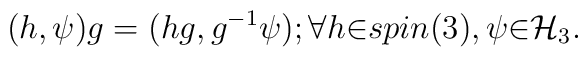
(h,\psi)g=(hg,g^{-1}\psi);{\forall} h {\in}spin(3),\psi {\in} {\cal H}_3.